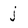
Character: j